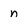
Character: n